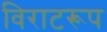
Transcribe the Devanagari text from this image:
विराटरूप